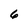
Character: 6